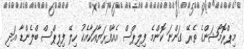
މިޕްރޮމޯޝަންގެ ތެރޭ ގަންނަ ކޮންމެ ފިލިޕްސް އެއާފްރަޔާއަކާއެކު ހިލޭ ފިލިޕްސް ބްލެންޑާ އަދި